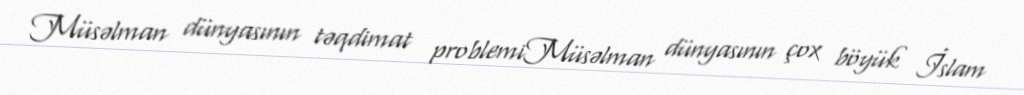
Müsəlman dünyasının təqdimat problemiMüsəlman dünyasının çox böyük İslam